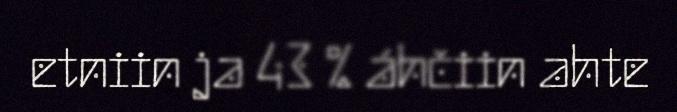
etniin ja 43 % áhčiin ahte